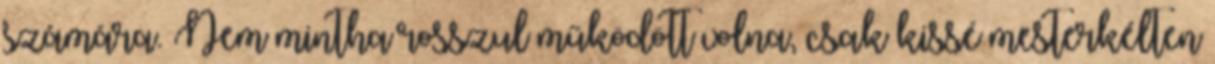
számára. Nem mintha rosszul működött volna, csak kissé mesterkélten